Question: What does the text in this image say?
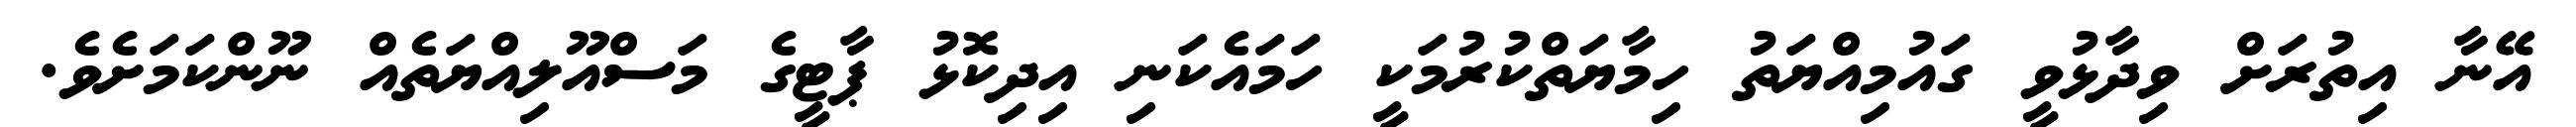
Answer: އޭނާ އިތުރަށް ވިދާޅުވީ ގައުމިއްޔަތު ހިމާޔަތްކުރުމަކީ ހަމައެކަނި އިދިކޮޅު ޕާޓީގެ މަސްއޫލިއްޔަތެއް ނޫންކަމަށެވެ.